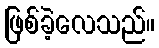
ဖြစ်ခဲ့လေသည်။